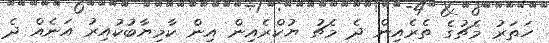
ހަތަރު މެޗުގެ ތެރެއިން ދެ މެޗު ޔުކްރެއިން އިން ކާމިޔާބުކުއިރު އަނެއް ދެ